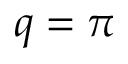
q = \pi